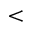
<